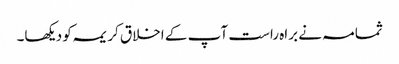
ثمامہ نے براہ راست آپ کے اخلاق کریمہ کو دیکھا۔